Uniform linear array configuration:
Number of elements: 64
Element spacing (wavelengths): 1
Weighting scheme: hann
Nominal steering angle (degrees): -30
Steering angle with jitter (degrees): -31.877
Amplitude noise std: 0.05
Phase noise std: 0.05

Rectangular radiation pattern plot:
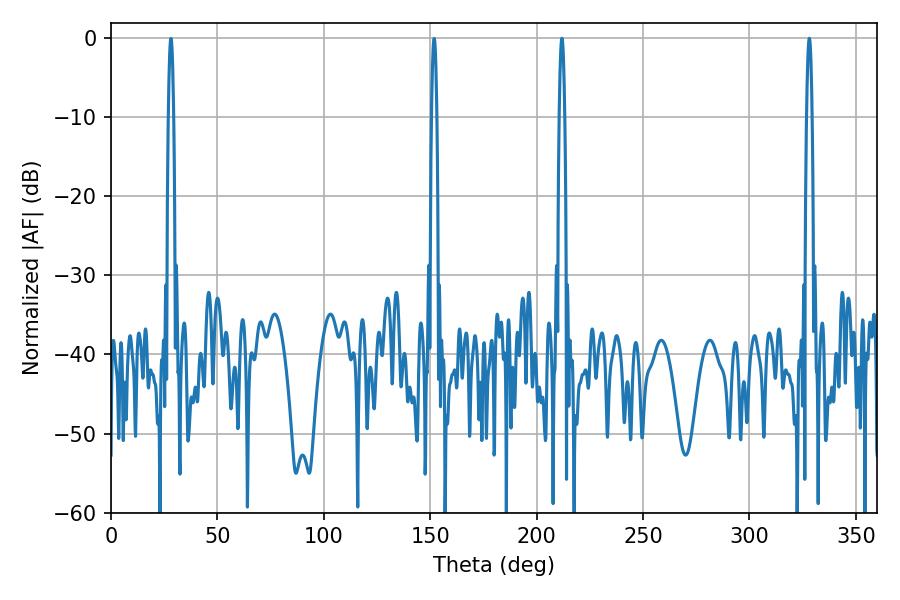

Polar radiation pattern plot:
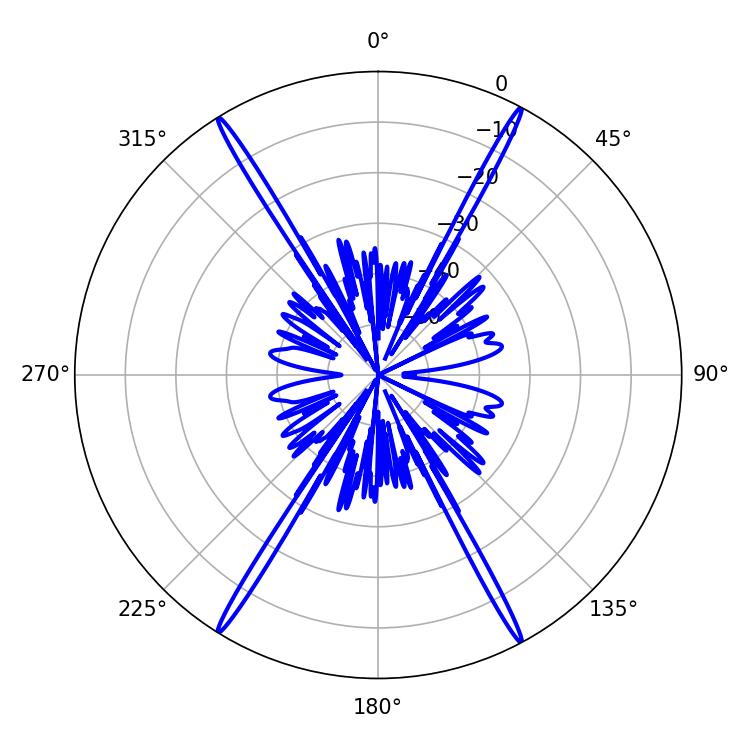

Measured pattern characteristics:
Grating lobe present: TRUE
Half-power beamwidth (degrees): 1.44
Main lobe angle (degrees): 328.14